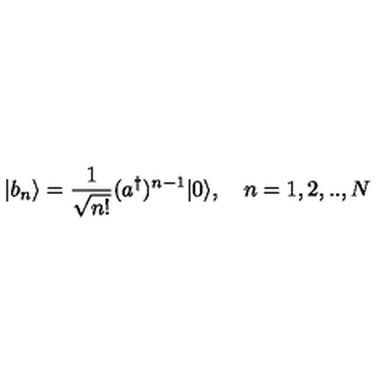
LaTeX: | b _ { n } \rangle = \frac { 1 } { \sqrt { n ! } } ( a ^ { \dagger } ) ^ { n - 1 } | 0 \rangle , \quad n = 1 , 2 , . . , N